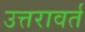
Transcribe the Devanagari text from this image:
उत्तरावर्त